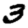
Digit: 3